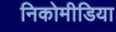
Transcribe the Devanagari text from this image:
निकोमीडिया